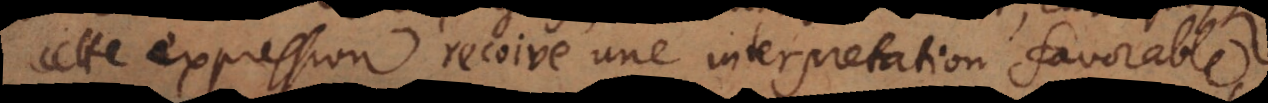
cette expression recoive une interpretation favorable,